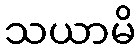
သယာမိ